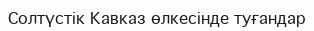
Солтүстік Кавказ өлкесінде туғандар